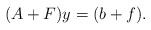
\begin{align*}(A+F)y=(b+f).\end{align*}